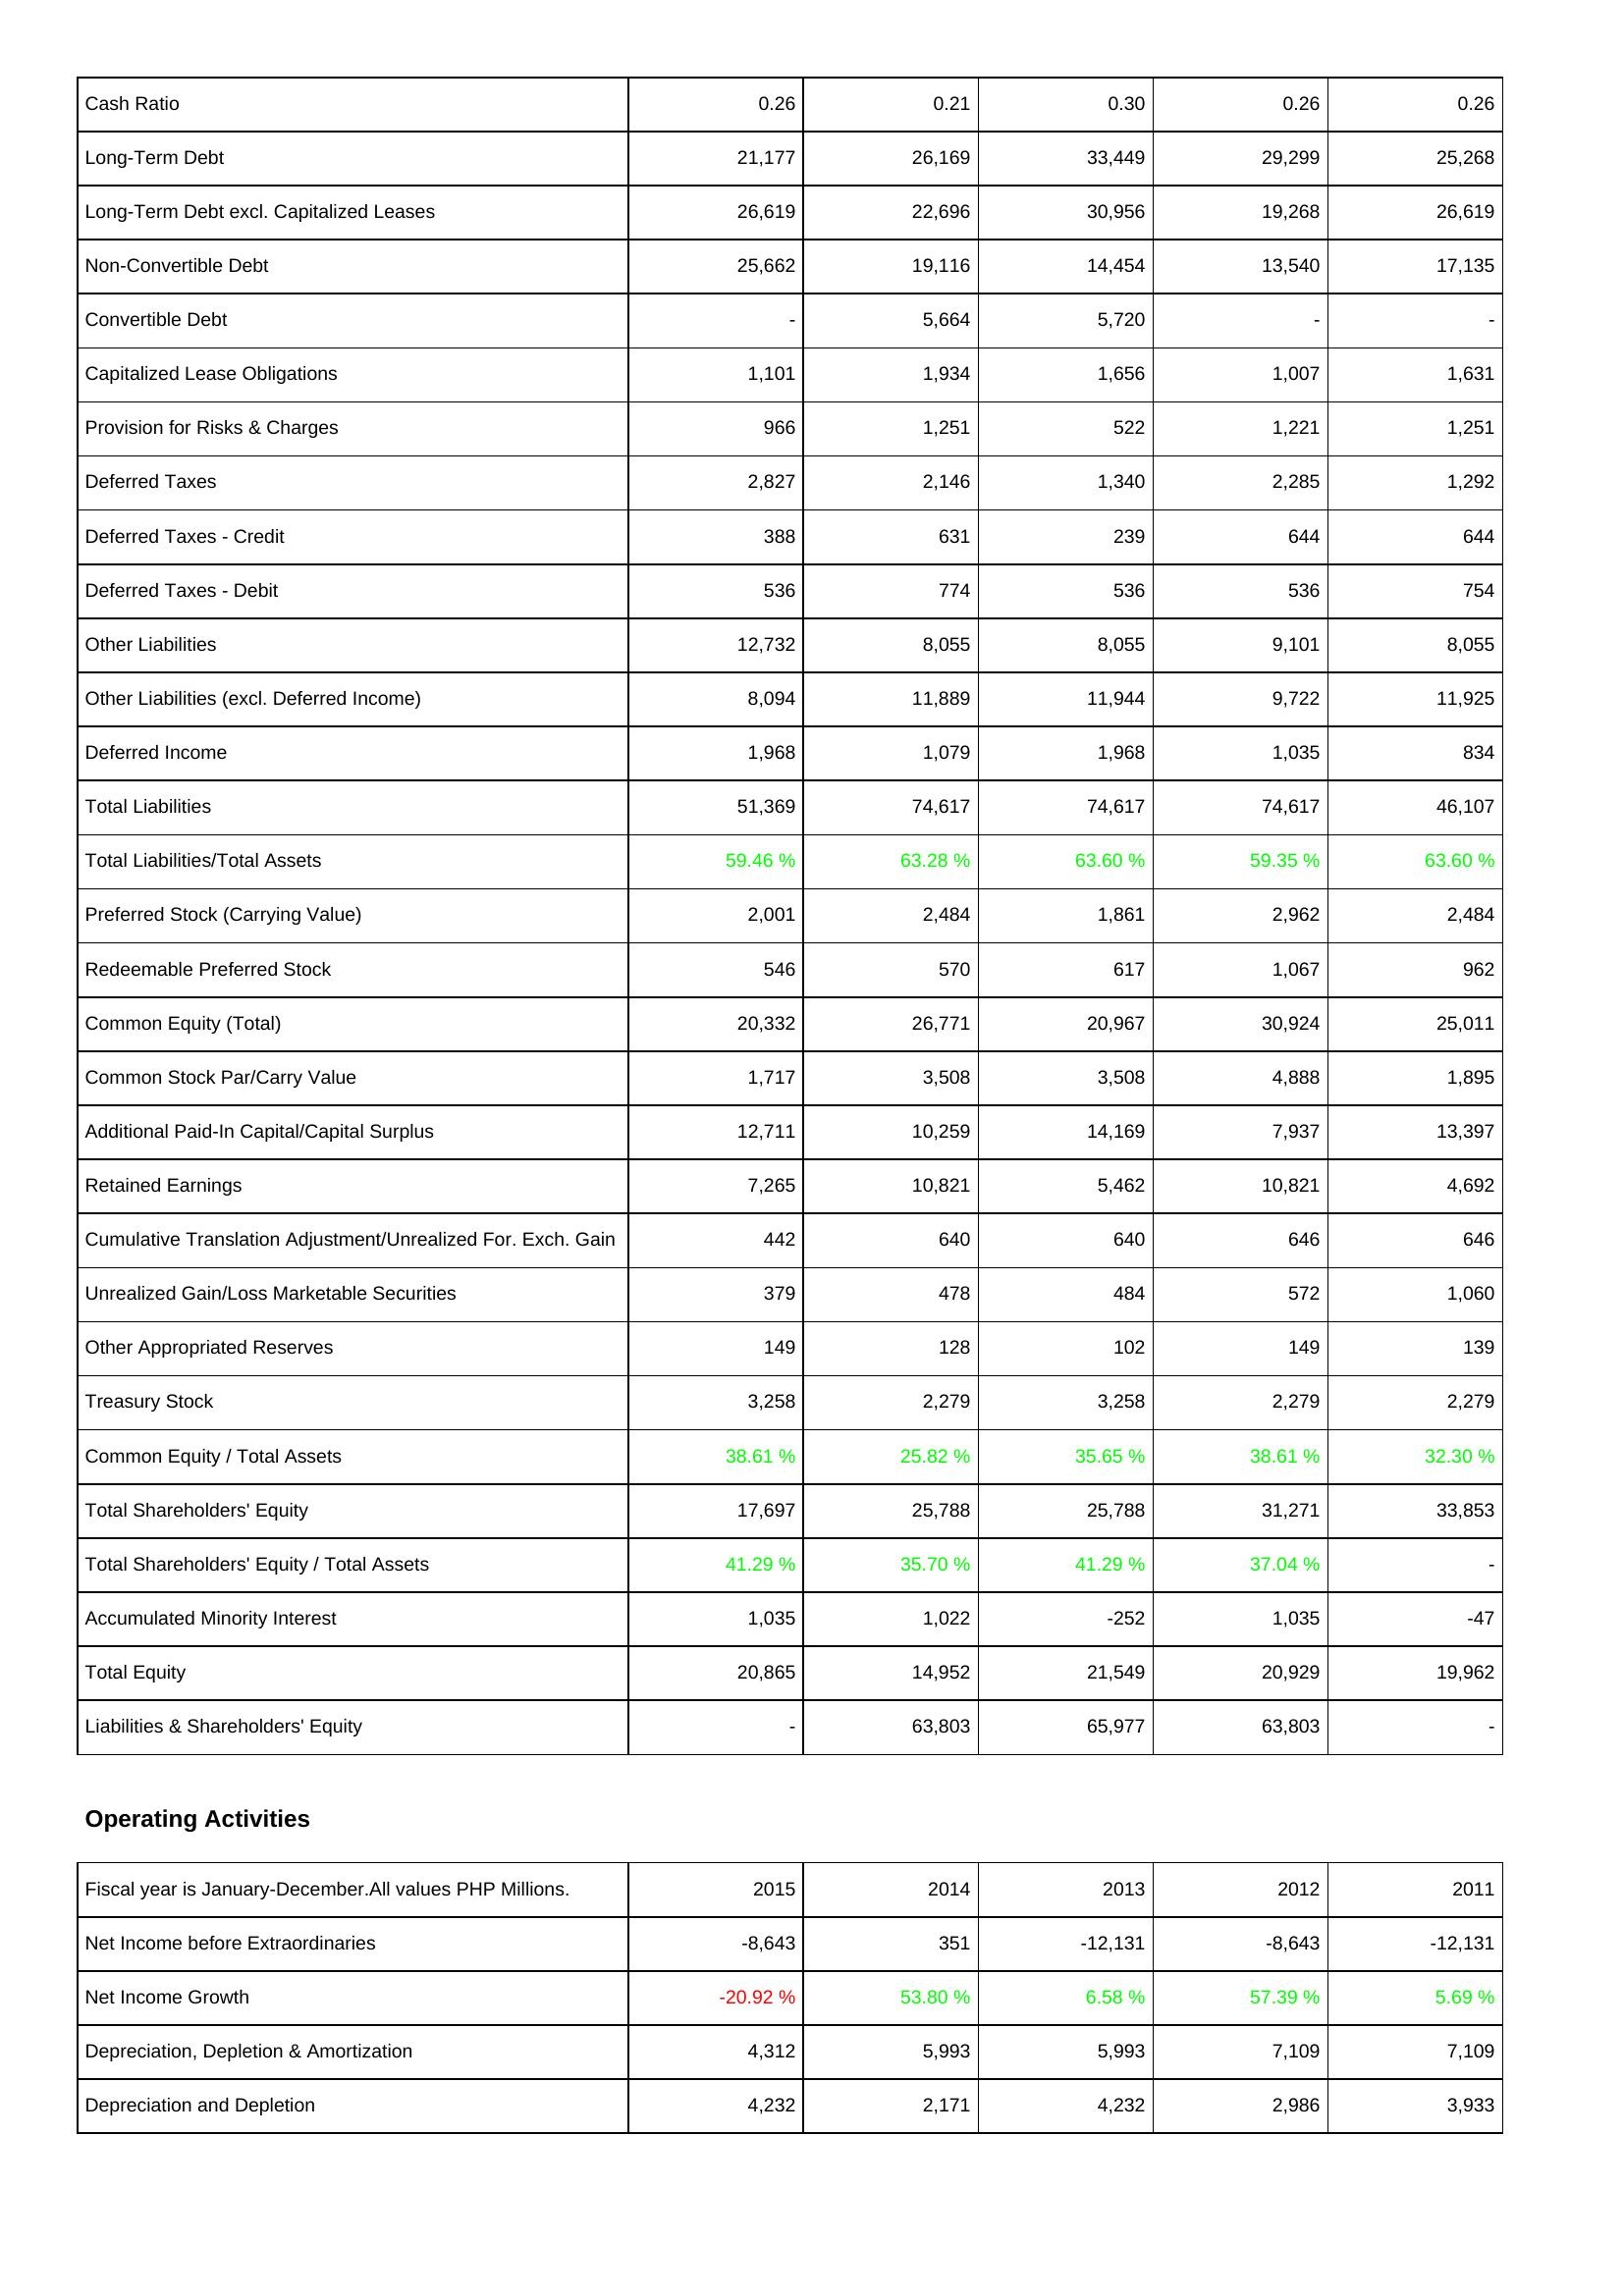
2015: Liabilities & Shareholders' Equity: Cash Ratio: 0.26
Long-Term Debt: 21,177
Long-Term Debt excl. Capitalized Leases: 26,619
Non-Convertible Debt: 25,662
Convertible Debt: -
Capitalized Lease Obligations: 1,101
Provision for Risks & Charges: 966
Deferred Taxes: 2,827
Deferred Taxes - Credit: 388
Deferred Taxes - Debit: 536
Other Liabilities: 12,732
Other Liabilities (excl. Deferred Income): 8,094
Deferred Income: 1,968
Total Liabilities: 51,369
Total Liabilities/Total Assets: 59.46 %
Preferred Stock (Carrying Value): 2,001
Redeemable Preferred Stock: 546
Common Equity (Total): 20,332
Common Stock Par/Carry Value: 1,717
Additional Paid-In Capital/Capital Surplus: 12,711
Retained Earnings: 7,265
Cumulative Translation Adjustment/Unrealized For. Exch. Gain: 442
Unrealized Gain/Loss Marketable Securities: 379
Other Appropriated Reserves: 149
Treasury Stock: 3,258
Common Equity / Total Assets: 38.61 %
Total Shareholders' Equity: 17,697
Total Shareholders' Equity / Total Assets: 41.29 %
Accumulated Minority Interest: 1,035
Total Equity: 20,865
Liabilities & Shareholders' Equity: -
Operating Activities: Net Income before Extraordinaries: -8,643
Net Income Growth: -20.92 %
Depreciation, Depletion & Amortization: 4,312
Depreciation and Depletion: 4,232
2014: Liabilities & Shareholders' Equity: Cash Ratio: 0.21
Long-Term Debt: 26,169
Long-Term Debt excl. Capitalized Leases: 22,696
Non-Convertible Debt: 19,116
Convertible Debt: 5,664
Capitalized Lease Obligations: 1,934
Provision for Risks & Charges: 1,251
Deferred Taxes: 2,146
Deferred Taxes - Credit: 631
Deferred Taxes - Debit: 774
Other Liabilities: 8,055
Other Liabilities (excl. Deferred Income): 11,889
Deferred Income: 1,079
Total Liabilities: 74,617
Total Liabilities/Total Assets: 63.28 %
Preferred Stock (Carrying Value): 2,484
Redeemable Preferred Stock: 570
Common Equity (Total): 26,771
Common Stock Par/Carry Value: 3,508
Additional Paid-In Capital/Capital Surplus: 10,259
Retained Earnings: 10,821
Cumulative Translation Adjustment/Unrealized For. Exch. Gain: 640
Unrealized Gain/Loss Marketable Securities: 478
Other Appropriated Reserves: 128
Treasury Stock: 2,279
Common Equity / Total Assets: 25.82 %
Total Shareholders' Equity: 25,788
Total Shareholders' Equity / Total Assets: 35.70 %
Accumulated Minority Interest: 1,022
Total Equity: 14,952
Liabilities & Shareholders' Equity: 63,803
Operating Activities: Net Income before Extraordinaries: 351
Net Income Growth: 53.80 %
Depreciation, Depletion & Amortization: 5,993
Depreciation and Depletion: 2,171
2013: Liabilities & Shareholders' Equity: Cash Ratio: 0.30
Long-Term Debt: 33,449
Long-Term Debt excl. Capitalized Leases: 30,956
Non-Convertible Debt: 14,454
Convertible Debt: 5,720
Capitalized Lease Obligations: 1,656
Provision for Risks & Charges: 522
Deferred Taxes: 1,340
Deferred Taxes - Credit: 239
Deferred Taxes - Debit: 536
Other Liabilities: 8,055
Other Liabilities (excl. Deferred Income): 11,944
Deferred Income: 1,968
Total Liabilities: 74,617
Total Liabilities/Total Assets: 63.60 %
Preferred Stock (Carrying Value): 1,861
Redeemable Preferred Stock: 617
Common Equity (Total): 20,967
Common Stock Par/Carry Value: 3,508
Additional Paid-In Capital/Capital Surplus: 14,169
Retained Earnings: 5,462
Cumulative Translation Adjustment/Unrealized For. Exch. Gain: 640
Unrealized Gain/Loss Marketable Securities: 484
Other Appropriated Reserves: 102
Treasury Stock: 3,258
Common Equity / Total Assets: 35.65 %
Total Shareholders' Equity: 25,788
Total Shareholders' Equity / Total Assets: 41.29 %
Accumulated Minority Interest: -252
Total Equity: 21,549
Liabilities & Shareholders' Equity: 65,977
Operating Activities: Net Income before Extraordinaries: -12,131
Net Income Growth: 6.58 %
Depreciation, Depletion & Amortization: 5,993
Depreciation and Depletion: 4,232
2012: Liabilities & Shareholders' Equity: Cash Ratio: 0.26
Long-Term Debt: 29,299
Long-Term Debt excl. Capitalized Leases: 19,268
Non-Convertible Debt: 13,540
Convertible Debt: -
Capitalized Lease Obligations: 1,007
Provision for Risks & Charges: 1,221
Deferred Taxes: 2,285
Deferred Taxes - Credit: 644
Deferred Taxes - Debit: 536
Other Liabilities: 9,101
Other Liabilities (excl. Deferred Income): 9,722
Deferred Income: 1,035
Total Liabilities: 74,617
Total Liabilities/Total Assets: 59.35 %
Preferred Stock (Carrying Value): 2,962
Redeemable Preferred Stock: 1,067
Common Equity (Total): 30,924
Common Stock Par/Carry Value: 4,888
Additional Paid-In Capital/Capital Surplus: 7,937
Retained Earnings: 10,821
Cumulative Translation Adjustment/Unrealized For. Exch. Gain: 646
Unrealized Gain/Loss Marketable Securities: 572
Other Appropriated Reserves: 149
Treasury Stock: 2,279
Common Equity / Total Assets: 38.61 %
Total Shareholders' Equity: 31,271
Total Shareholders' Equity / Total Assets: 37.04 %
Accumulated Minority Interest: 1,035
Total Equity: 20,929
Liabilities & Shareholders' Equity: 63,803
Operating Activities: Net Income before Extraordinaries: -8,643
Net Income Growth: 57.39 %
Depreciation, Depletion & Amortization: 7,109
Depreciation and Depletion: 2,986
2011: Liabilities & Shareholders' Equity: Cash Ratio: 0.26
Long-Term Debt: 25,268
Long-Term Debt excl. Capitalized Leases: 26,619
Non-Convertible Debt: 17,135
Convertible Debt: -
Capitalized Lease Obligations: 1,631
Provision for Risks & Charges: 1,251
Deferred Taxes: 1,292
Deferred Taxes - Credit: 644
Deferred Taxes - Debit: 754
Other Liabilities: 8,055
Other Liabilities (excl. Deferred Income): 11,925
Deferred Income: 834
Total Liabilities: 46,107
Total Liabilities/Total Assets: 63.60 %
Preferred Stock (Carrying Value): 2,484
Redeemable Preferred Stock: 962
Common Equity (Total): 25,011
Common Stock Par/Carry Value: 1,895
Additional Paid-In Capital/Capital Surplus: 13,397
Retained Earnings: 4,692
Cumulative Translation Adjustment/Unrealized For. Exch. Gain: 646
Unrealized Gain/Loss Marketable Securities: 1,060
Other Appropriated Reserves: 139
Treasury Stock: 2,279
Common Equity / Total Assets: 32.30 %
Total Shareholders' Equity: 33,853
Total Shareholders' Equity / Total Assets: -
Accumulated Minority Interest: -47
Total Equity: 19,962
Liabilities & Shareholders' Equity: -
Operating Activities: Net Income before Extraordinaries: -12,131
Net Income Growth: 5.69 %
Depreciation, Depletion & Amortization: 7,109
Depreciation and Depletion: 3,933